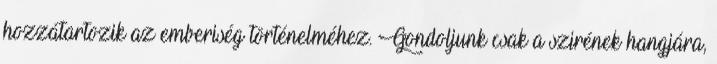
hozzátartozik az emberiség történelméhez. Gondoljunk csak a szirének hangjára,